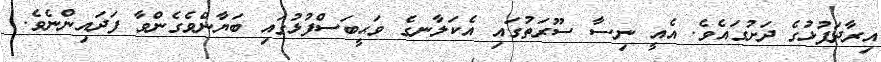
އިރާދަފުޅުގެ ދަށުގައެވެ. އެއީ ނިސާ ސޫރަތުގައި އެކަލާނގެ ވަޙީބަސްފުޅުގައި ބަޔާންވެގެންވާ ފަދައިންނެވެ.